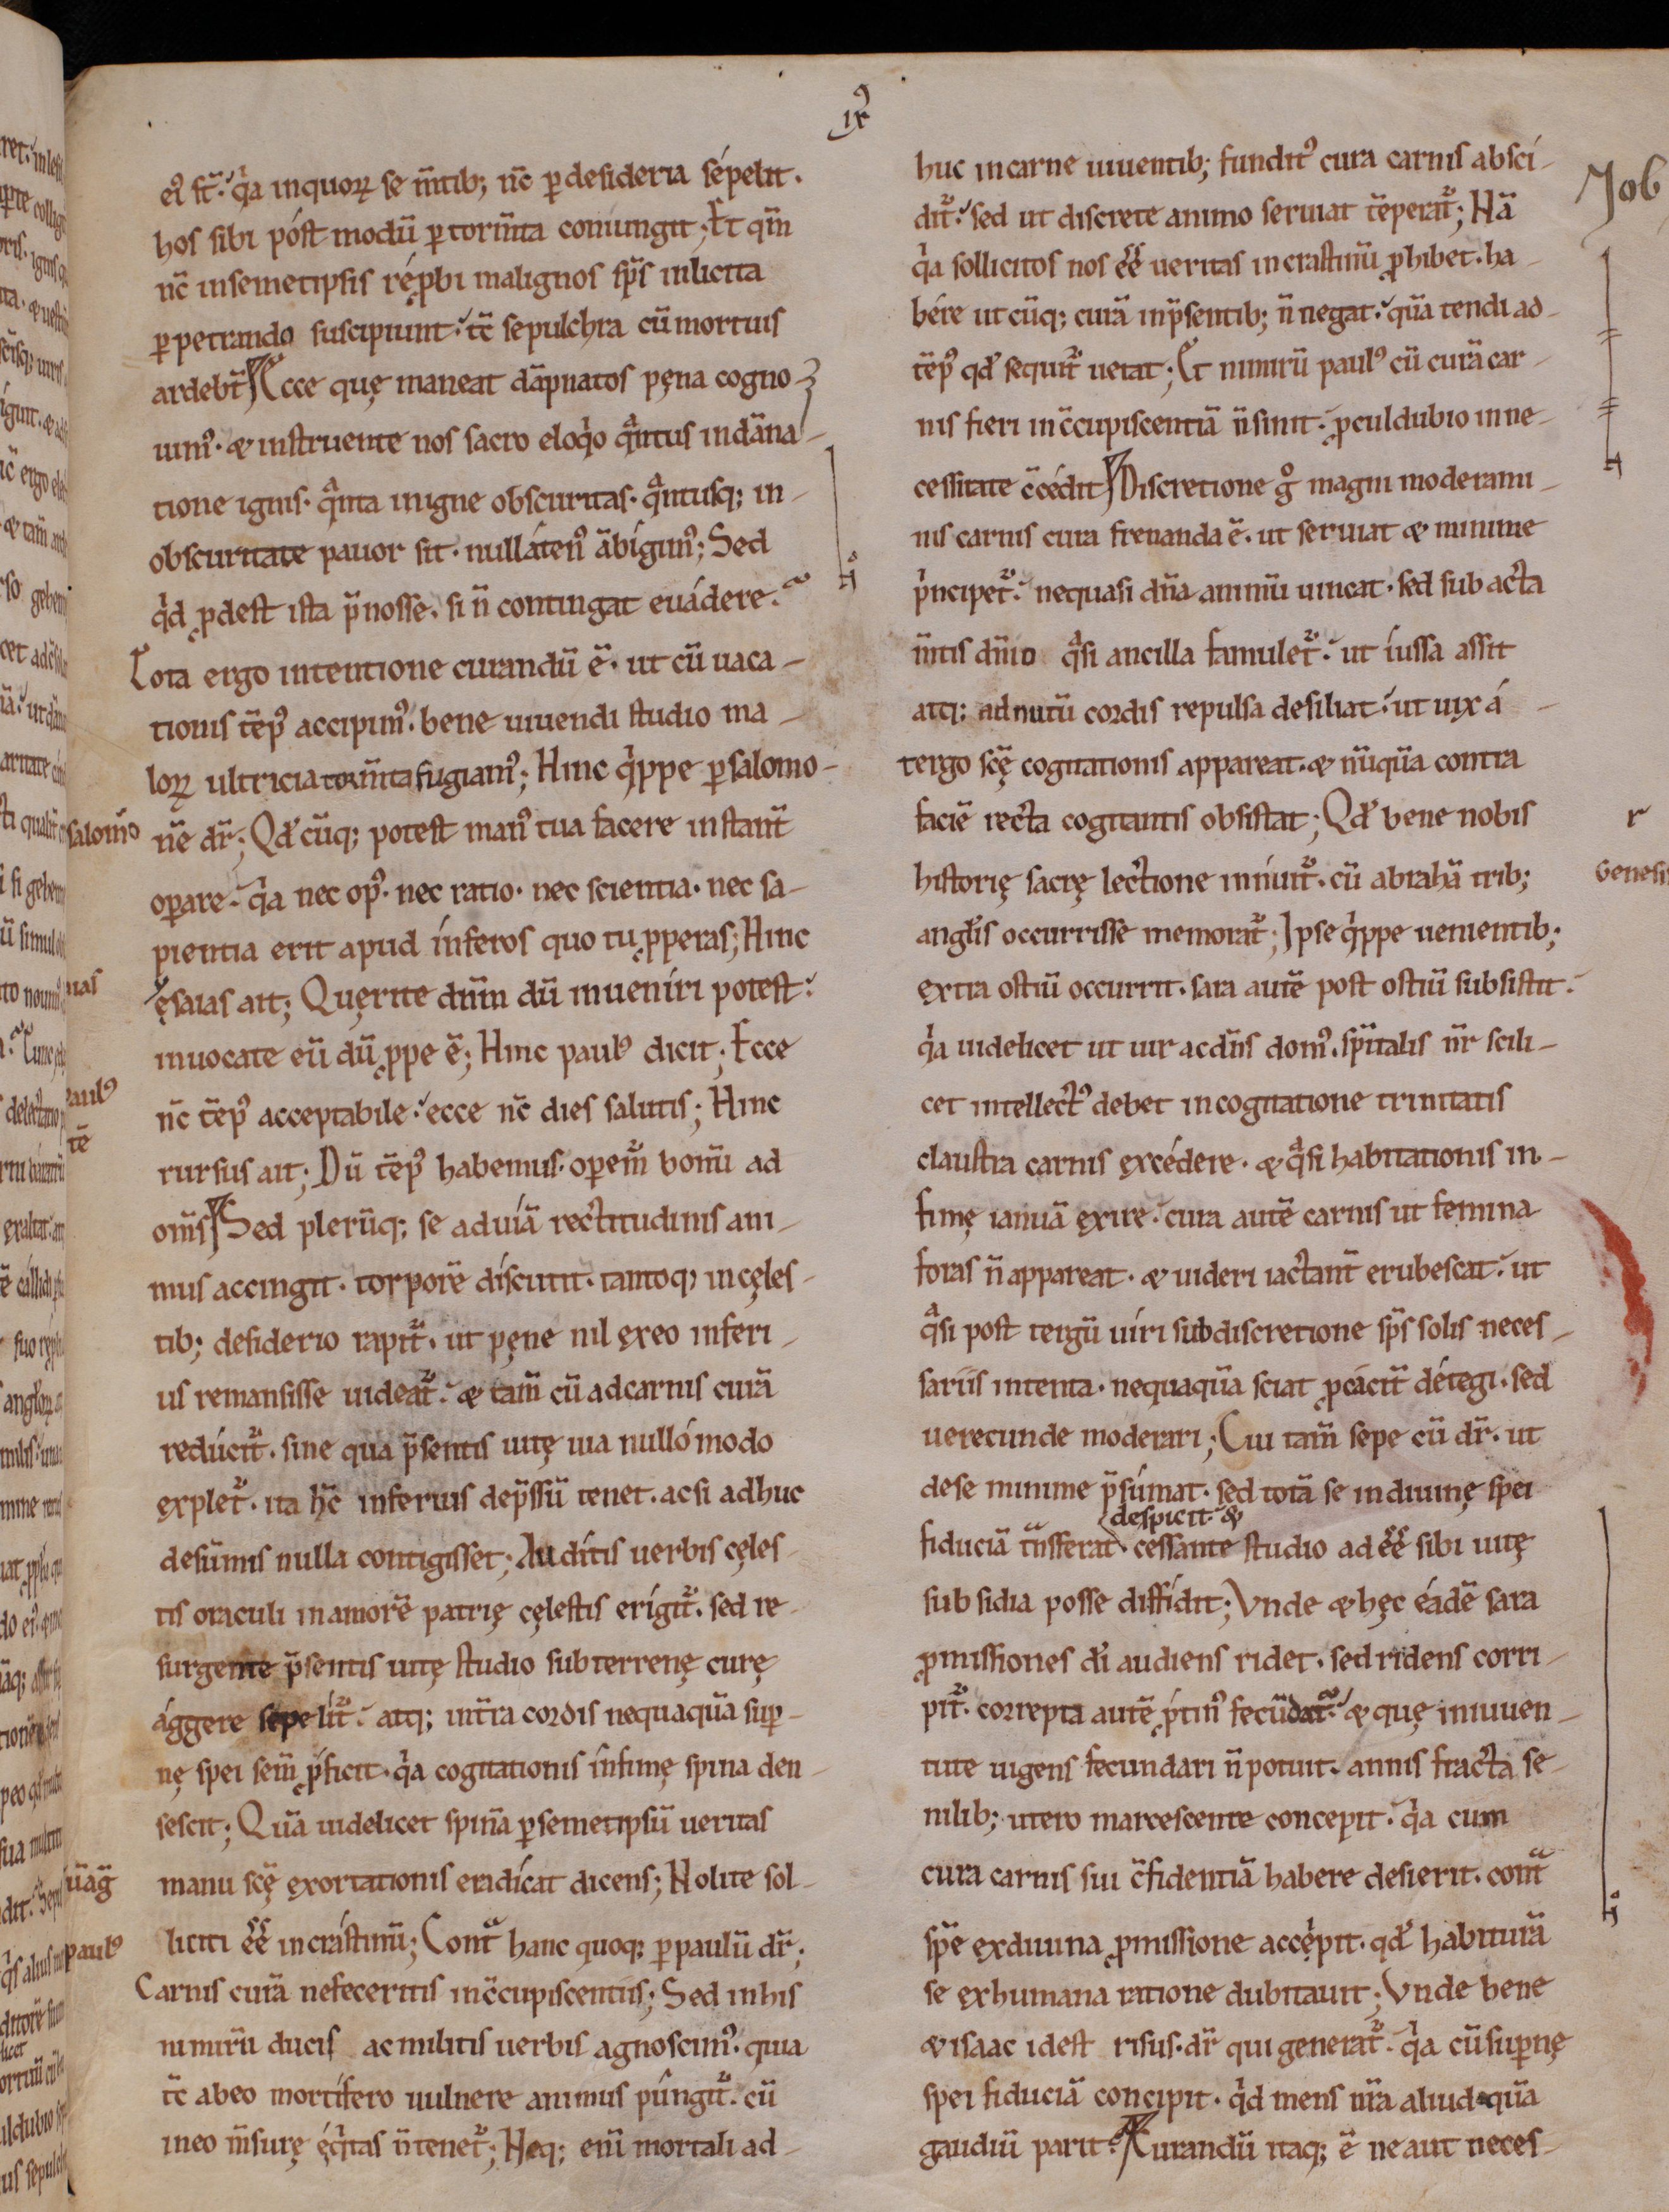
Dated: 1000–1199